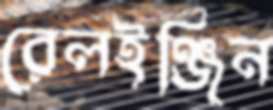
রেলইঞ্জিন